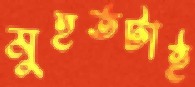
মুহুর্তটাই